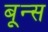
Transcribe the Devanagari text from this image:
बून्स